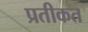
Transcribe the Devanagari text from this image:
प्रतीकत